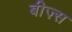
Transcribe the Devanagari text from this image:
बीज़्स